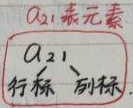
\(a_{21}\)表元素，行标 \(2\)，列标 \(1\)